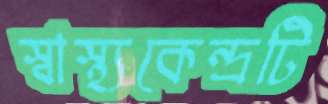
স্বাস্থ্যকেন্দ্রটি